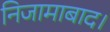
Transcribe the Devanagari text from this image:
निजामाबाद।